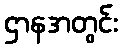
ဌာနအတွင်း